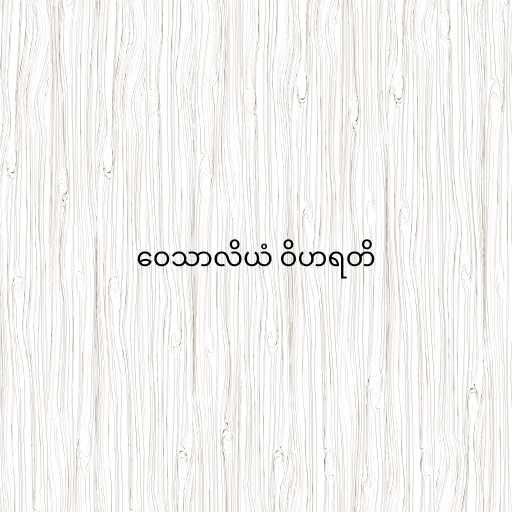
ဝေသာလိယံ ဝိဟရတိ